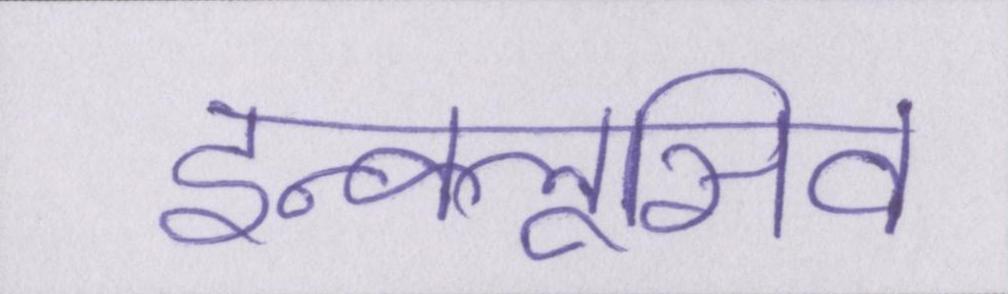
इन्क्लूसिव